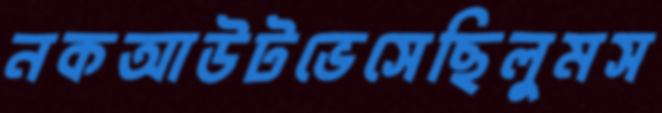
নকআউটভেসেছিলুমস